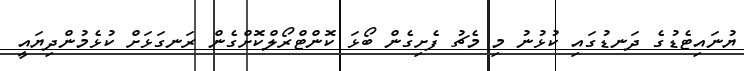
ޔުނައިޓެޑުގެ ދަނޑުގައި ކުޅުނު މި މެޗު ފެށިގެން ބޯޅަ ކޮންޓްރޯލްކޮށްގެން ރަނގަޅަށް ކުޅެމުންދިޔައީ